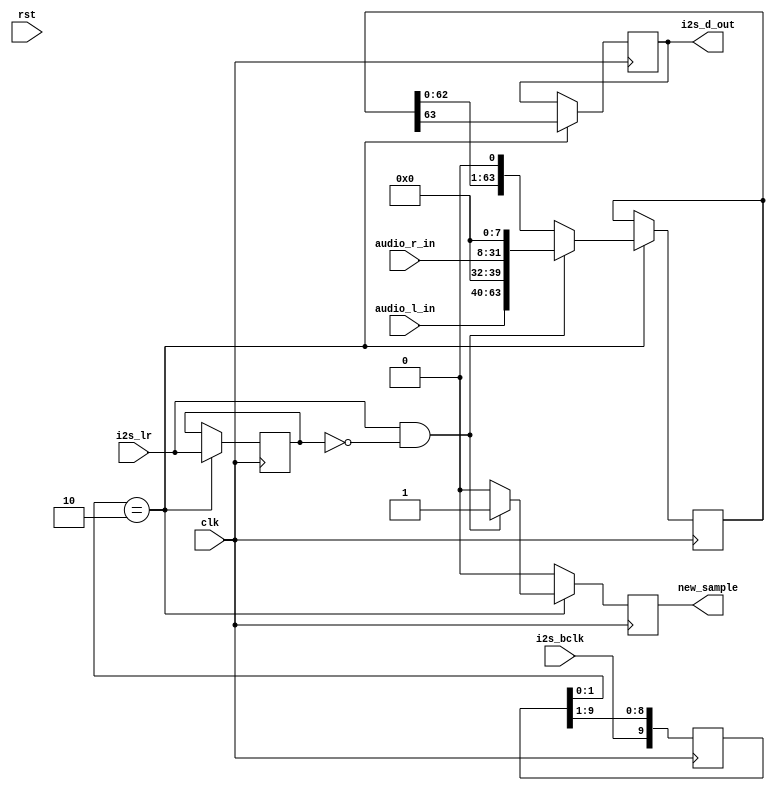
`timescale 1ns / 1ps
//////////////////////////////////////////////////////////////////////////////////
// Company: 
// Engineer: 
// 
// Design Name: 
// Module Name: i2s_data_interface
// Project Name: 
// Target Devices: 
// Tool Versions: 
// Description: 
// 
// Dependencies: 
// 
// Revision:
// Revision 0.01 - File Created
// Additional Comments:
// 
//////////////////////////////////////////////////////////////////////////////////


module i2s_data_interface(
    input          clk,
    input          rst,
    input [23:0]   audio_l_in,
    input [23:0]   audio_r_in,
    output reg     new_sample, // no use
    input          i2s_bclk,
    input          i2s_lr,
    output reg     i2s_d_out
    );
    
    reg [5:0]   bit_counter;
    reg [9:0]   bclk_delay;
    reg [63:0]  sr_out;
    reg         i2s_lr_last;
    
    always @(posedge clk) begin
//        if (rst) begin
//            new_sample      <= 1'b0;
//            i2s_d_out       <= 1'b0;
//            bit_counter     <= 6'd0;
//            bclk_delay      <= 10'd0;
//            i2s_lr_last     <= 1'b0;
//            sr_out          <= 64'd0;
//        end else begin
            new_sample  <= 1'b0;
            
            if (bclk_delay[1:0] == 2'b10) begin
                i2s_d_out   <= sr_out[63:63];
                
                if ((i2s_lr == 1'b1) && (i2s_lr_last == 1'b0)) begin
                    sr_out      <= {audio_l_in[23:0], 8'd0, audio_r_in[23:0], 8'd0};
                    new_sample  <= 1'b1;
                end else
                    sr_out  <= {sr_out[62:0], 1'b0};
                
                i2s_lr_last <= i2s_lr;
            end
            
            bclk_delay      <= {i2s_bclk, bclk_delay[9:1]};
//            i2s_d_in_lasy   <= i2s_d_in;
//        end
    end
    
endmodule